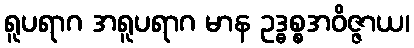
ရူပရာဂ အရူပရာဂ မာန ဥဒ္ဓစ္စအဝိဇ္ဇာယ၊